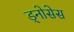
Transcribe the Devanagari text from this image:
ड्नोसेस